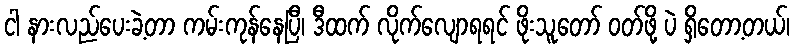
ငါ နားလည်ပေးခဲ့တာ ကမ်းကုန်နေပြီ၊ ဒီထက် လိုက်လျောရရင် ဖိုးသူတော် ဝတ်ဖို့ ပဲ ရှိတော့တယ်၊